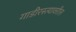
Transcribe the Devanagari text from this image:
गाडीरस्त्यावरील